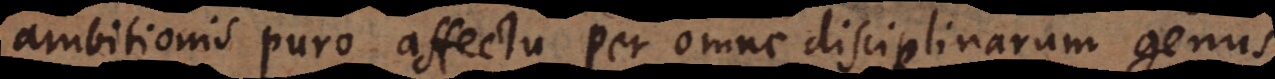
ambitionis puro affectu per omne disciplinarum genus